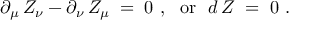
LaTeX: \partial _ { \mu } \, Z _ { \nu } - \partial _ { \nu } \, Z _ { \mu } \; = \; 0 ~ , ~ ~ \mathrm { o r ~ } ~ d \, Z \; = \; 0 ~ .